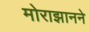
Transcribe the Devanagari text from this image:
मोराझानने